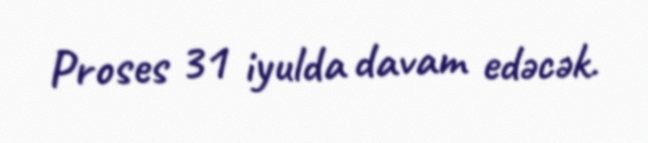
Proses 31 iyulda davam edəcək.